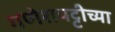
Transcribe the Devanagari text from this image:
गणेशपट्टीच्या